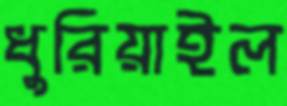
ধুরিয়াইল